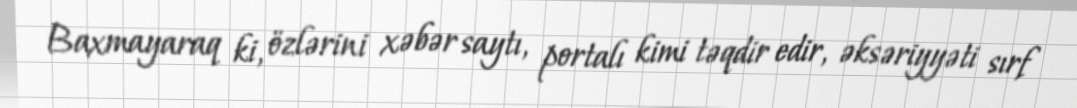
Baxmayaraq ki, özlərini xəbər saytı, portalı kimi təqdir edir, əksəriyyəti sırf